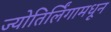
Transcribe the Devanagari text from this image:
ज्योतिर्लिंगामधून